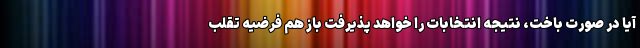
آیا در صورت باخت، نتیجه انتخابات را خواهد پذیرفت باز هم فرضیه تقلب